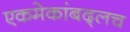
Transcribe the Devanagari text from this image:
एकमेकांबद्लच